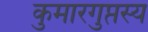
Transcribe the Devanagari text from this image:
कुमारगुप्तस्य